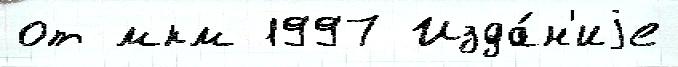
от мкм 1997 Изда́н'иjе